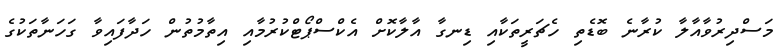
މަސްދިރުވާއާލާ ކުރާނެ ބޮޑެތި ހެޗަރީތަކާއި ޑިނގާ އާލާކޮށް އެކްސްޕޯޓްކުރުމާއި އިތާމުތުން ހަދާފައިވާ ގަހަނާތަކުގެ